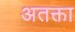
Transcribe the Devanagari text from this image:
अतक्ता